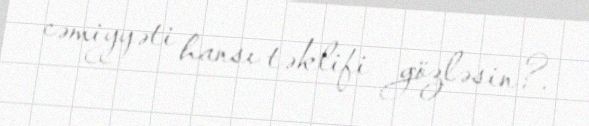
cəmiyyəti hansı təklifi gözləsin?.